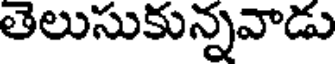
తెలుసుకున్నవాడు